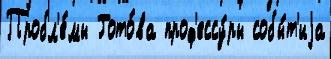
Пробл'е́мы Гото́ва проф'ессу́ры собы́т'иjа